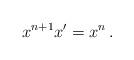
LaTeX: \begin{align*}x^{n+1} x' = x^n\,.\end{align*}